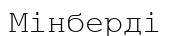
Мінберді